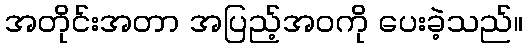
အတိုင်းအတာ အပြည့်အဝကို ပေးခဲ့သည်။